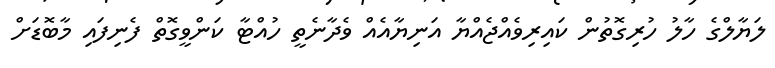
ލަޔާލްގެ ހާލު ހުރިގޮތުން ކައިރިވެއްޖެއްޔާ އަނިޔާއެއް ވެދާނެތީ ހުއްޓާ ކަންވީގޮތް ފެނިފައި މާބޮޑަށް